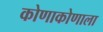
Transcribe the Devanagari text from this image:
कोणाकोणाला